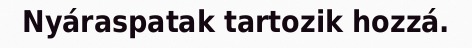
Nyáraspatak tartozik hozzá.